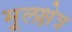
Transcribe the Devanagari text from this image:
मूलक्षेत्र